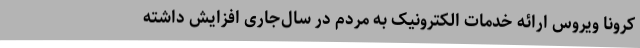
کرونا ویروس ارائه خدمات الکترونیک به مردم در سال‌جاری افزایش داشته